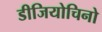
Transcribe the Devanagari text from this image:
डीजियोचिनो